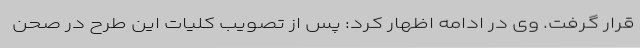
قرار گرفت. وی در ادامه اظهار کرد: پس از تصویب کلیات این طرح در صحن